Annual report of the Punjab Veterinary College and of the Civil Veterinary Department, Punjab - 1926-1932
Year: 1926
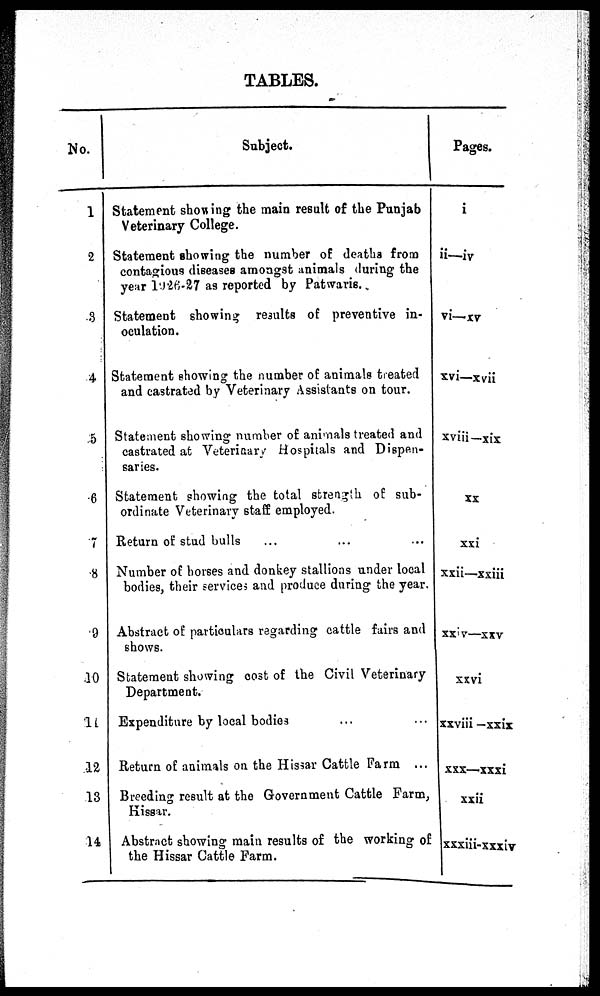
TABLES.
No.
1
2
3
4
5
6
7
8
9
10
11
12
13
14.
Subject.
Statement showing the main result of the Punjab
Veterinary College.
Statement showing the number of deaths from
contagious diseases amongst animals during the
year 1926-27 as reported by Patwaris.
Statement showing results of preventive in-
oculation.
Statement showing the number of animals treated
and castrated by Veterinary Assistants on tour.
Statement showing number of animals treated and
castrated at Veterinary Hospitals and Dispen-
saries.
Statement showing the total strength of sub-
ordinate Veterinary staff employed.
Return of stud bulls
Number of horses and donkey stallions under local
bodies, their services and produce during the year.
Abstract of particulars regarding cattle fairs and
shows.
Statement showing cost of the Civil Veterinary
Department.
Expenditure by local bodies ... ...
Return of animals on the Hissar Cattle Farm ...
Breeding result at the Government Cattle Farm,
Hissar.
Abstract showing main results of the working of
the Hissar Cattle Farm.
Pages.
i
ii—iv
vi—xv
xvi—xvii
xviii—xix
xx
xxi
xxii—xxiii
xxiv—xxv
xxvi
xxviii—xxix
xxx—xxxi
xxii
xxxiii-xxxiv